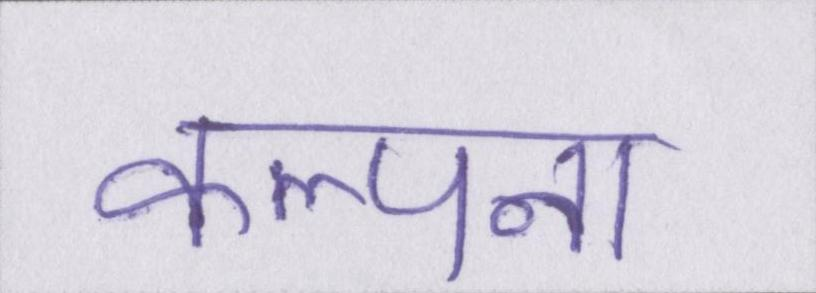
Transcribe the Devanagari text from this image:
कल्पना